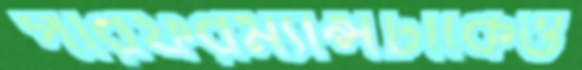
পারফরম্যান্সটাকেও